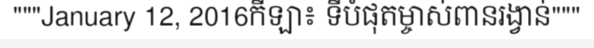
"""January 12, 2016កីឡា៖ ទីបំផុតម្ចាស់ពានរង្វាន់"""